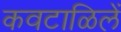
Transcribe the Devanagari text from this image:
कवटाळिलें